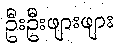
ဦးဦးဖျားဖျား